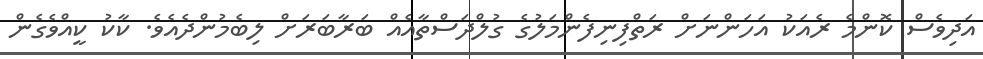
އަދިވެސް ކޮންމެ ރެއަކު އަހަންނަށް ރަތްފިނިފެންމަލުގެ ގުލްދަސްތާއެއް ބަރާބަރަށް ލިބެމުންދެއެވެ. ކާކު ކީއްވެގެން